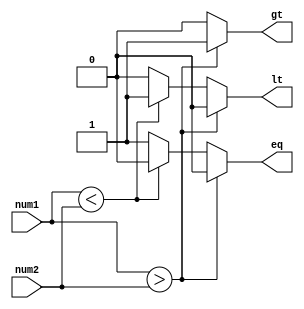
module fixed_point_comparator (
    input [15:0] num1, // Input fixed-point number 1
    input [15:0] num2, // Input fixed-point number 2
    output reg gt, // Output signal indicating num1 > num2
    output reg lt, // Output signal indicating num1 < num2
    output reg eq  // Output signal indicating num1 = num2
);

// Add your code here for comparison logic using arithmetic blocks

always @* begin
    if (num1 > num2) begin
        gt = 1;
        lt = 0;
        eq = 0;
    end else if (num1 < num2) begin
        gt = 0;
        lt = 1;
        eq = 0;
    end else begin
        gt = 0;
        lt = 0;
        eq = 1;
    end
end

endmodule